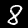
Label: 8